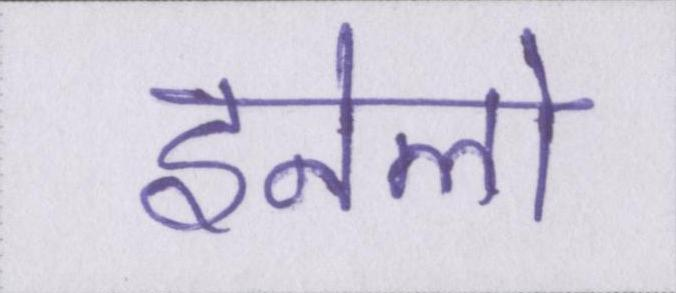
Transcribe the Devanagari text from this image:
इनेलो